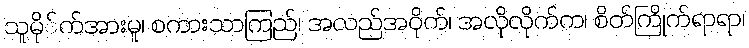
သူမို်က်အားမူ၊ စကားသာကြည်၊ အလည်အဝိုက်၊ အလိုလိုက်က၊ စိတ်ကြိုက်ရာရာ၊